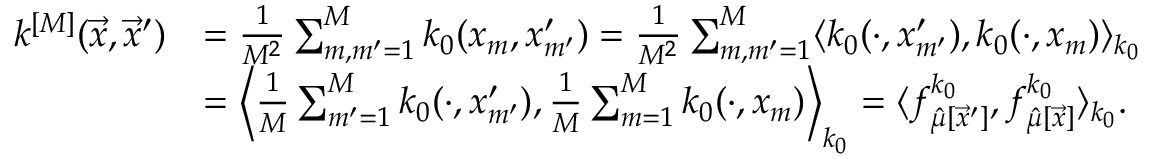
\begin{array} { r l } { k ^ { [ M ] } ( \vec { x } , \vec { x } ^ { \prime } ) } & { = \frac { 1 } { M ^ { 2 } } \sum _ { m , m ^ { \prime } = 1 } ^ { M } k _ { 0 } ( x _ { m } , x _ { m ^ { \prime } } ^ { \prime } ) = \frac { 1 } { M ^ { 2 } } \sum _ { m , m ^ { \prime } = 1 } ^ { M } \langle k _ { 0 } ( \cdot , x _ { m ^ { \prime } } ^ { \prime } ) , k _ { 0 } ( \cdot , x _ { m } ) \rangle _ { k _ { 0 } } } \\ & { = \left\langle \frac { 1 } { M } \sum _ { m ^ { \prime } = 1 } ^ { M } k _ { 0 } ( \cdot , x _ { m ^ { \prime } } ^ { \prime } ) , \frac { 1 } { M } \sum _ { m = 1 } ^ { M } k _ { 0 } ( \cdot , x _ { m } ) \right\rangle _ { k _ { 0 } } = \langle f _ { \hat { \mu } [ \vec { x } ^ { \prime } ] } ^ { k _ { 0 } } , f _ { \hat { \mu } [ \vec { x } ] } ^ { k _ { 0 } } \rangle _ { k _ { 0 } } . } \end{array}